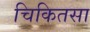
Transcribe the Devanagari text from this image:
चिकितसा